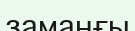
заманғы